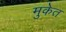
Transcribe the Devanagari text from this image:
मुकेत